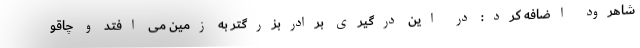
شاهرود اضافه کرد: در این درگیری برادربزرگتر به زمین می افتد و چاقو